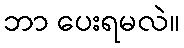
ဘာ ပေးရမလဲ။